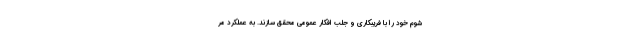
شوم خود را با فریبکاری و جلب افکار عمومی محقق سازند. به عملکرد مر